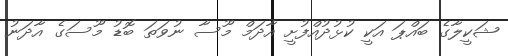
ޝަކީލާގެ ބައްޕަ އަކީ ކުޅުދުއްފުށީ އާދަމް މޫސާ ނުވަތަ ބޮޑު މޫސަގެ އާދަނު